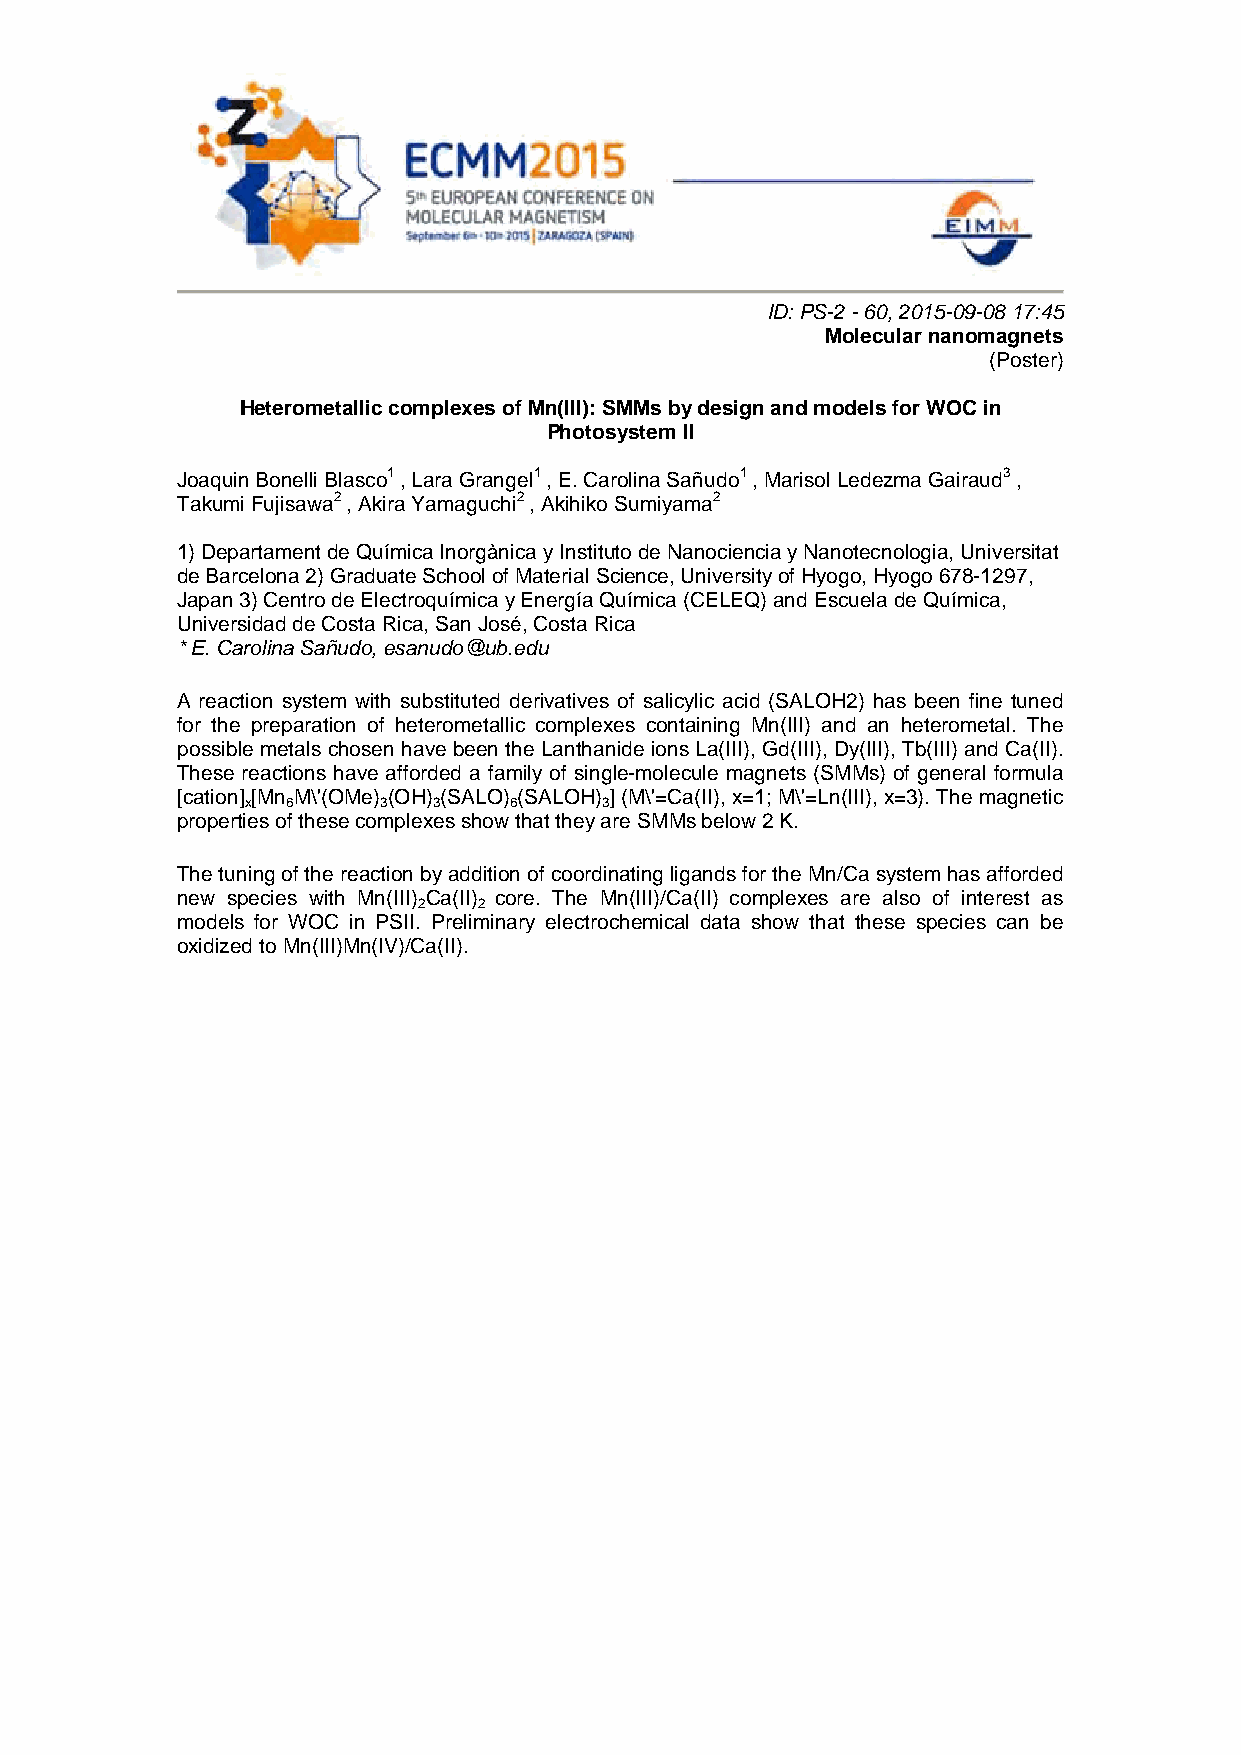
ID: PS-2 - 60, 2015-09-08 17:45
 Molecular nanomagnets
 (Poster)
 Heterometallic complexes of Mn(III): SMMs by design and models for WOC in
 Photosystem II
 Joaquin Bonelli Blasco1 , Lara Grangel1 , E. Carolina Sañudo1 , Marisol Ledezma Gairaud3 ,
 Takumi Fujisawa2 , Akira Yamaguchi2 , Akihiko Sumiyama2
 1) Departament de Química Inorgànica y Instituto de Nanociencia y Nanotecnologia, Universitat
 de Barcelona 2) Graduate School of Material Science, University of Hyogo, Hyogo 678-1297,
 Japan 3) Centro de Electroquímica y Energía Química (CELEQ) and Escuela de Química,
 Universidad de Costa Rica, San José, Costa Rica
 * E. Carolina Sañudo, esanudo@ub.edu
 A reaction system with substituted derivatives of salicylic acid (SALOH2) has been fine tuned
 for the preparation of heterometallic complexes containing Mn(III) and an heterometal. The
 possible metals chosen have been the Lanthanide ions La(III), Gd(III), Dy(III), Tb(III) and Ca(II).
 These reactions have afforded a family of single-molecule magnets (SMMs) of general formula
 [cation] [Mn M\'(OMe) (OH) (SALO) (SALOH) ] (M\'=Ca(II), x=1; M\'=Ln(III), x=3). The magnetic
 x  6     3   3    6     3
 properties of these complexes show that they are SMMs below 2 K.
 The tuning of the reaction by addition of coordinating ligands for the Mn/Ca system has afforded
 new species with Mn(III) Ca(II) core. The Mn(III)/Ca(II) complexes are also of interest as
 2   2
 models for WOC in PSII. Preliminary electrochemical data show that these species can be
 oxidized to Mn(III)Mn(IV)/Ca(II).